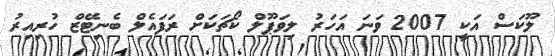
ލޫކަސް އަކީ 2007 ވަނަ އަހަރު ލިވަޕޫލް ކޯޗަކަށް ރަފައެލް ބެނިޓޭޒް ހުރިއިރު